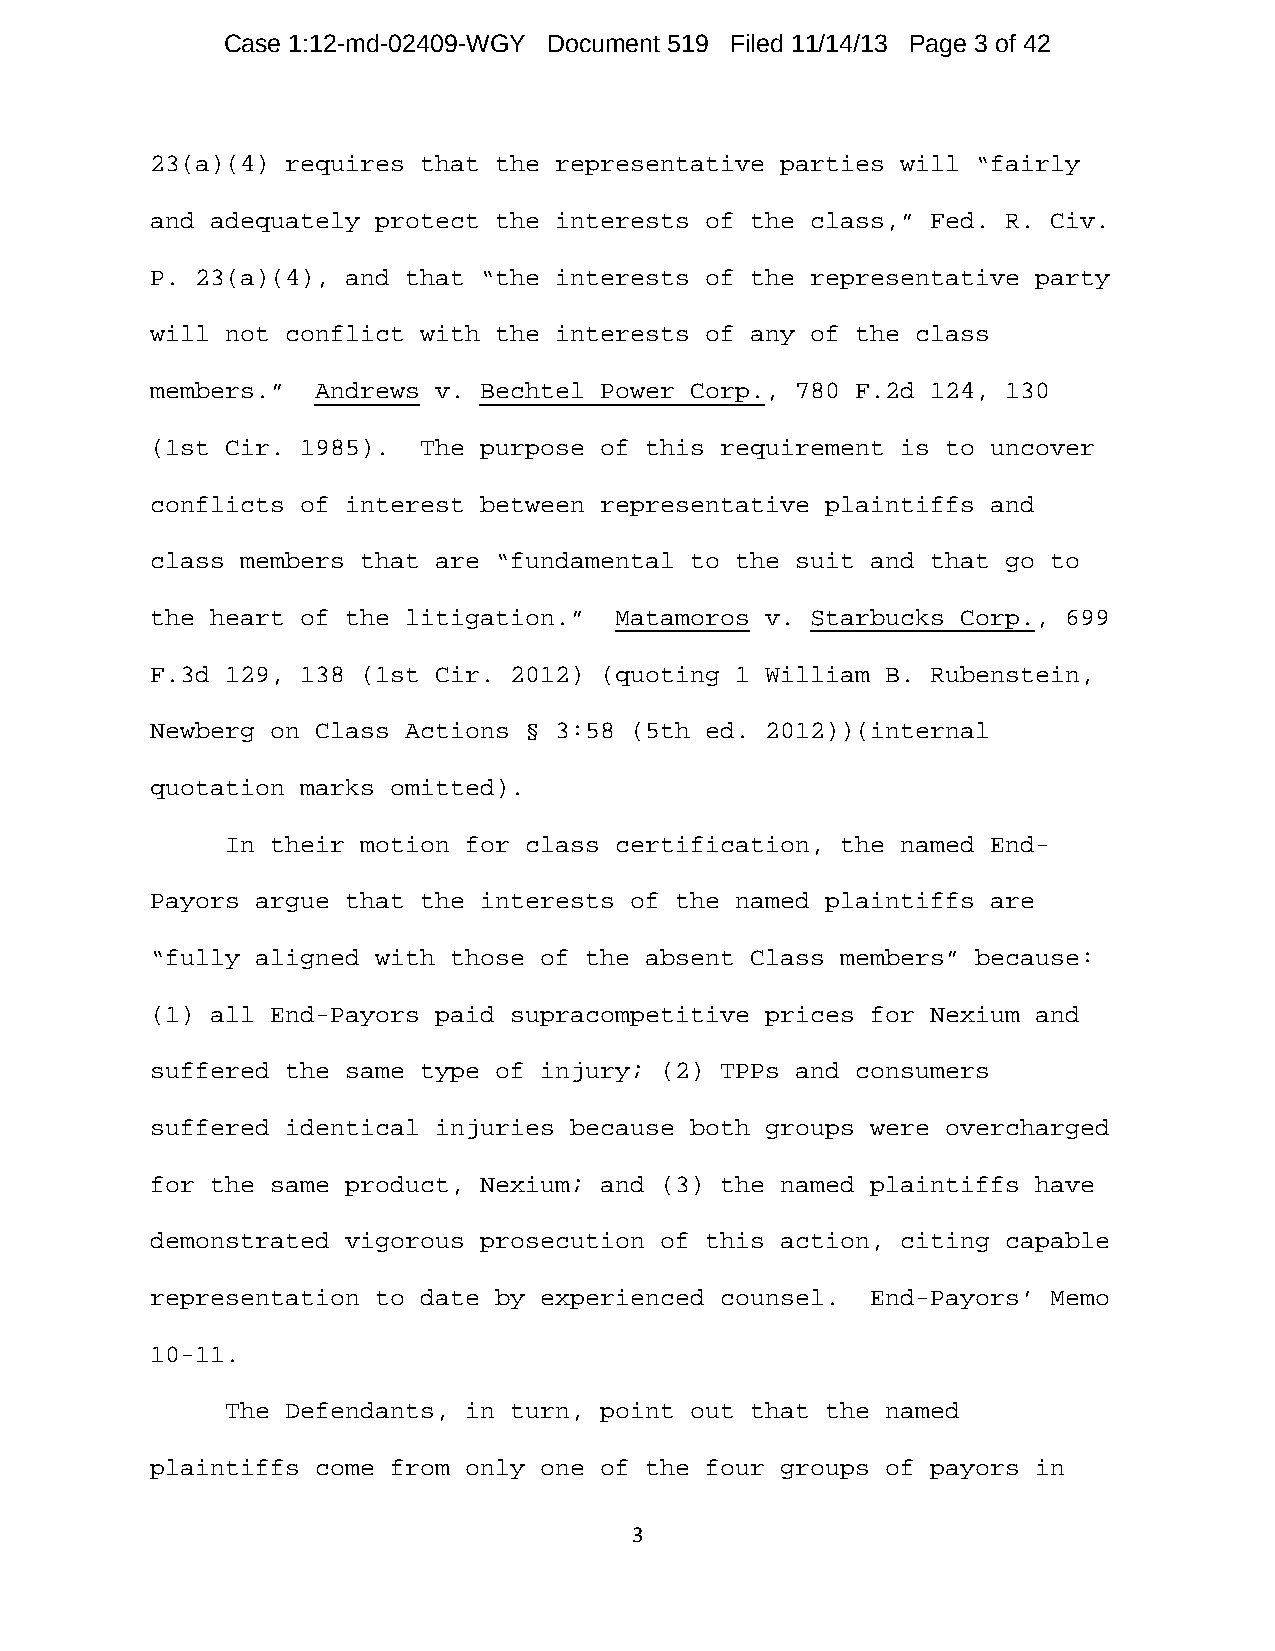
Case 1:12-md-02409-WGY Document 519 Filed 11/14/13 Page 3 of 42
 23(a)(4) requires that the representative parties will “fairly
 and adequately protect the interests of the class,” Fed. R. Civ.
 P. 23(a)(4), and that “the interests of the representative party
 will not conflict with the interests of any of the class
 members.”  Andrews v. Bechtel Power Corp., 780 F.2d 124, 130
 (1st Cir. 1985).  The purpose of this requirement is to uncover
 conflicts of interest between representative plaintiffs and
 class members that are “fundamental to the suit and that go to
 the heart of the litigation.”  Matamoros v. Starbucks Corp., 699
 F.3d 129, 138 (1st Cir. 2012) (quoting 1 William B. Rubenstein,
 Newberg on Class Actions § 3:58 (5th ed. 2012))(internal
 quotation marks omitted).
 In their motion for class certification, the named End-
 Payors argue that the interests of the named plaintiffs are
 “fully aligned with those of the absent Class members” because:
 (1) all End-Payors paid supracompetitive prices for Nexium and
 suffered the same type of injury; (2) TPPs and consumers
 suffered identical injuries because both groups were overcharged
 for the same product, Nexium; and (3) the named plaintiffs have
 demonstrated vigorous prosecution of this action, citing capable
 representation to date by experienced counsel.  End-Payors’ Memo
 10-11.
 The Defendants, in turn, point out that the named
 plaintiffs come from only one of the four groups of payors in
 3